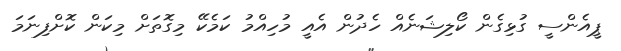
ޕީއެންސީ ގުޅިގެން ކޯލިޝަނެއް ހެދުން އެއީ މުހިއްމު ކަމެކޭ މިގޮތަށް މިކަން ކޮށްފިނަމަ